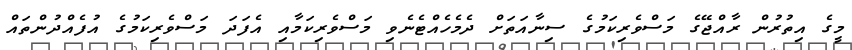
މީގެ އިތުރުން ރާއްޖޭގެ މަސްވެރިކަމުގެ ސިނާއަތަށް ދެމެހެއްޓެނެވި މަސްވެރިކަމާއި އެފަދަ މަސްވެރިކަމުގެ އުފެއްދުންތައް